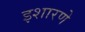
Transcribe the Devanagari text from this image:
इशारणे